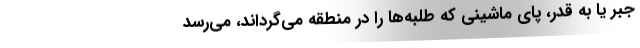
جبر يا به قدر، پاي ماشيني كه طلبه‌ها را در منطقه مي‌گرداند، مي‌رسد